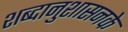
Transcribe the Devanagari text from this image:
शब्दानुशासनके